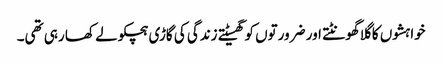
خواہشوں کا گلا گھونٹتے اور ضرورتوں کو گھسیٹتے زندگی کی گاڑی ہچکولے کھا رہی تھی۔